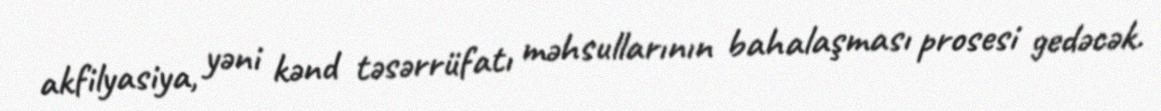
akfilyasiya, yəni kənd təsərrüfatı məhsullarının bahalaşması prosesi gedəcək.